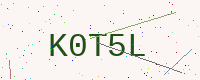
Text: K0T5L